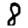
Digit: 8